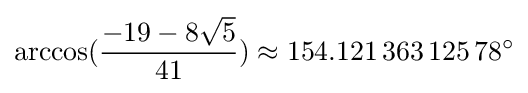
\arccos({\frac {-19-8{\sqrt {5}}}{41}})\approx 154.121\,363\,125\,78^{\circ }